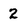
Character: 2